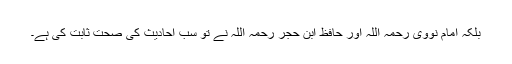
بلکہ امام نووی رحمہ اللہ اور حافظ ابن حجر رحمہ اللہ نے تو سب احادیث کی صحت ثابت کی ہے۔